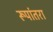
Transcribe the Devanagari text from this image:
रूपांतरा